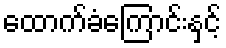
ထောက်ခံကြောင်းနှင့်